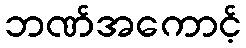
ဘဏ်အကောင့်